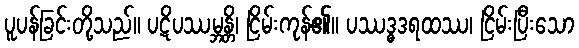
ပူပန်ခြင်းတို့သည်။ ပဋိပဿမ္ဘန္တိ၊ ငြိမ်းကုန်၏။ ပဿဒ္ဓဒရထဿ၊ ငြိမ်းပြီးသော